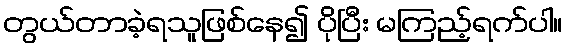
တွယ်တာခဲ့ရသူဖြစ်နေ၍ ပိုပြီး မကြည့်ရက်ပါ။